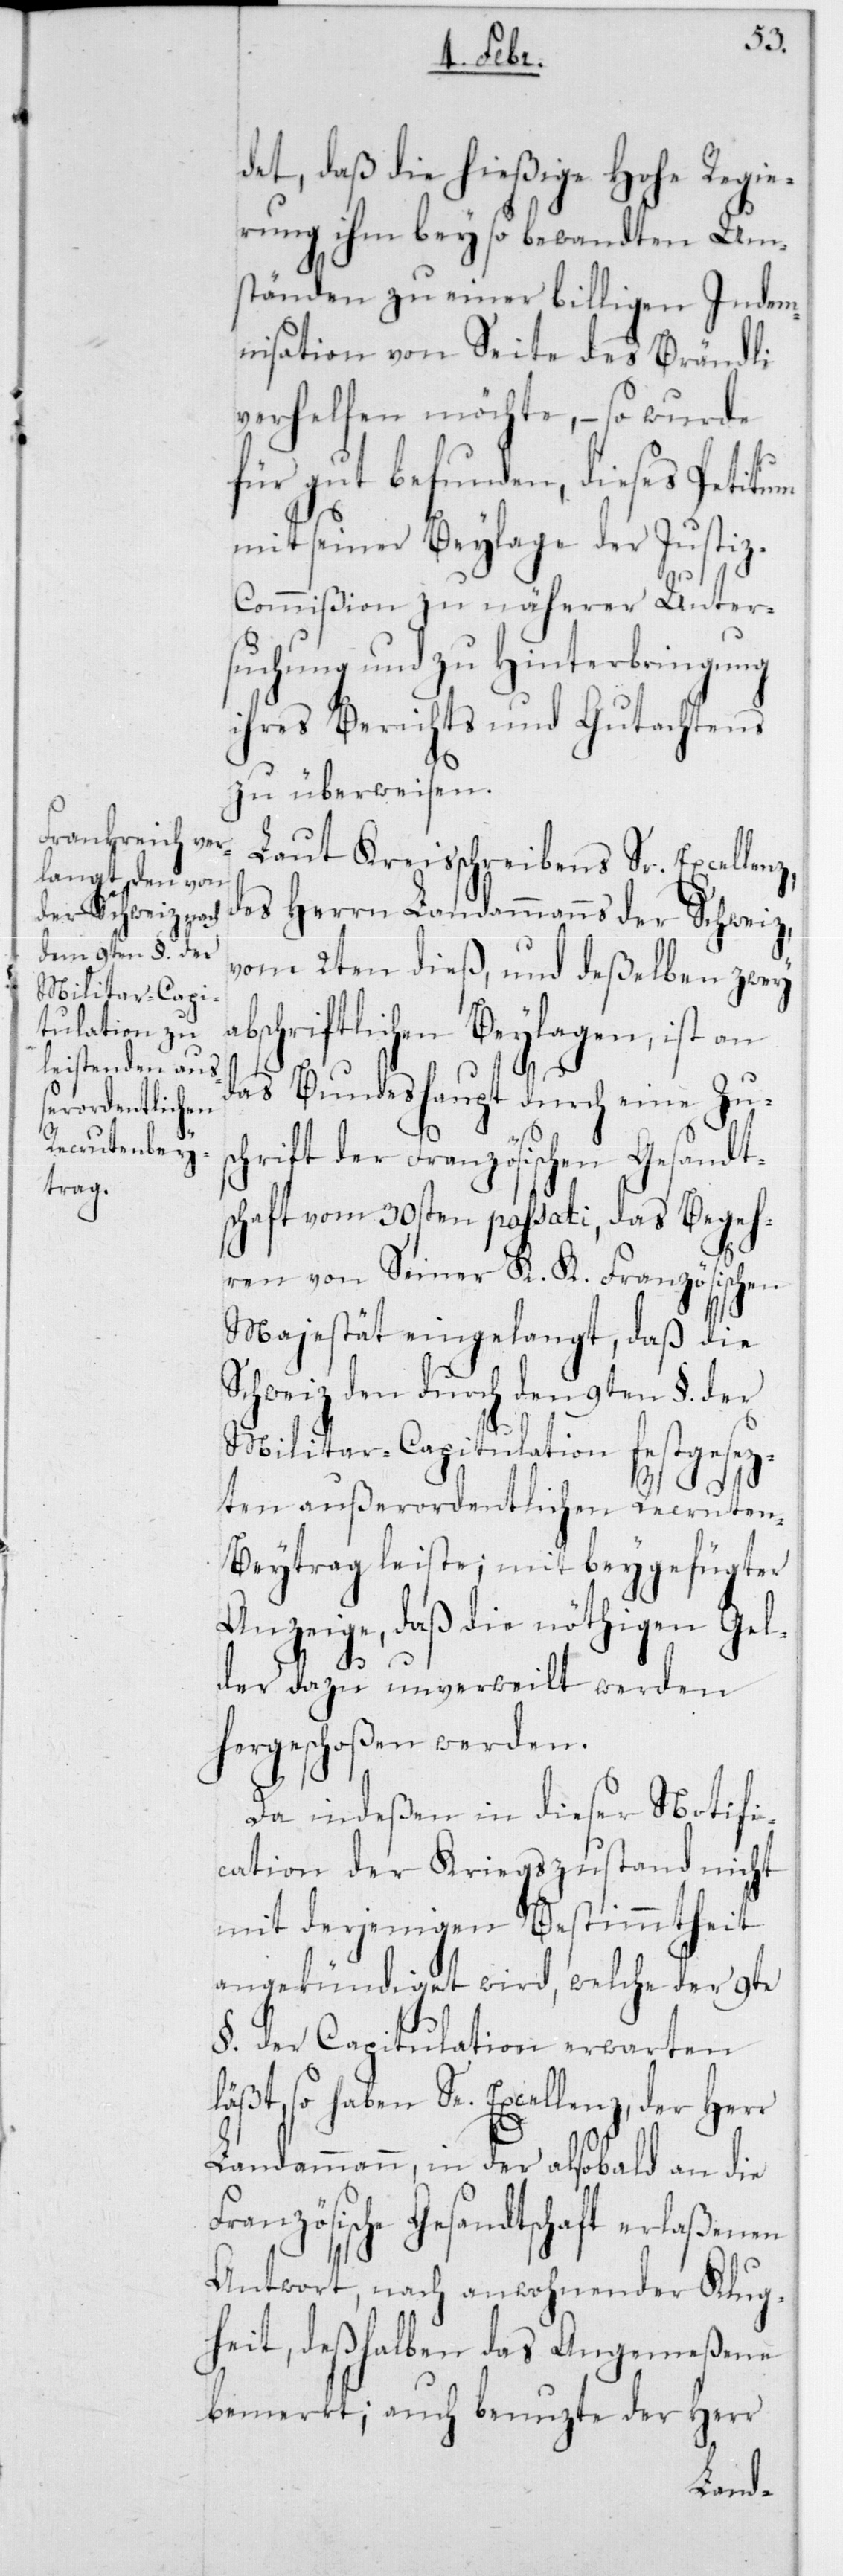
det, daß die hießige Hohe Regie¬
rung ihm bey so bewandten Ums¬
tänden zu einer billigen Indem¬
nisation von Seite des Brändli
verhelfen möchte, – so wurde
für gut befunden, dieses Petitum
mit seiner Beylage der Justi¬
z-Commißion zu näherer Unter¬
suchung und zu Hinterbringung
ihres Berichts und Gutachtens
zu überweisen.
Laut Kreisschreibens Sr. Excellen¬
des Herrn Landammanns der Schweiz,
vom 2ten dieß, und deßelben zwey
bschriftlichen Beylagen, ist an
das Bundeshaupt durch eine Zus¬
chrift der Französischen Gesandt¬
schaft vom 30sten passati, das Begeh¬
ren von Seiner K. K. Französischen
Majestät eingelangt, daß die
Schweiz den durch den 9ten § der
Militar-Capitulation festgesez¬
a¬
ten außerordentlichen Recrute¬
n-beytrag leiste; mit beygefügter
Anzeige, daß die nöthigen Gel¬
der dazu unverweilt werden
hergeschoßen werden.
Da indeßen in dieser Notifi¬
cation der Kriegszustand nicht
mit derjenigen Bestimmtheit
angekündiget wird, welche der 9te
§ der Capitulation erwarten
läßt, so haben Se. Excellenz, der Herr
Landammann, in der alsobald an die
Französische Gesandtschaft erlaßenen
Antwort, nach anwohnender Klug¬
heit, deßhalben das Angemeßene
bemerkt; auch benutzte der Herr